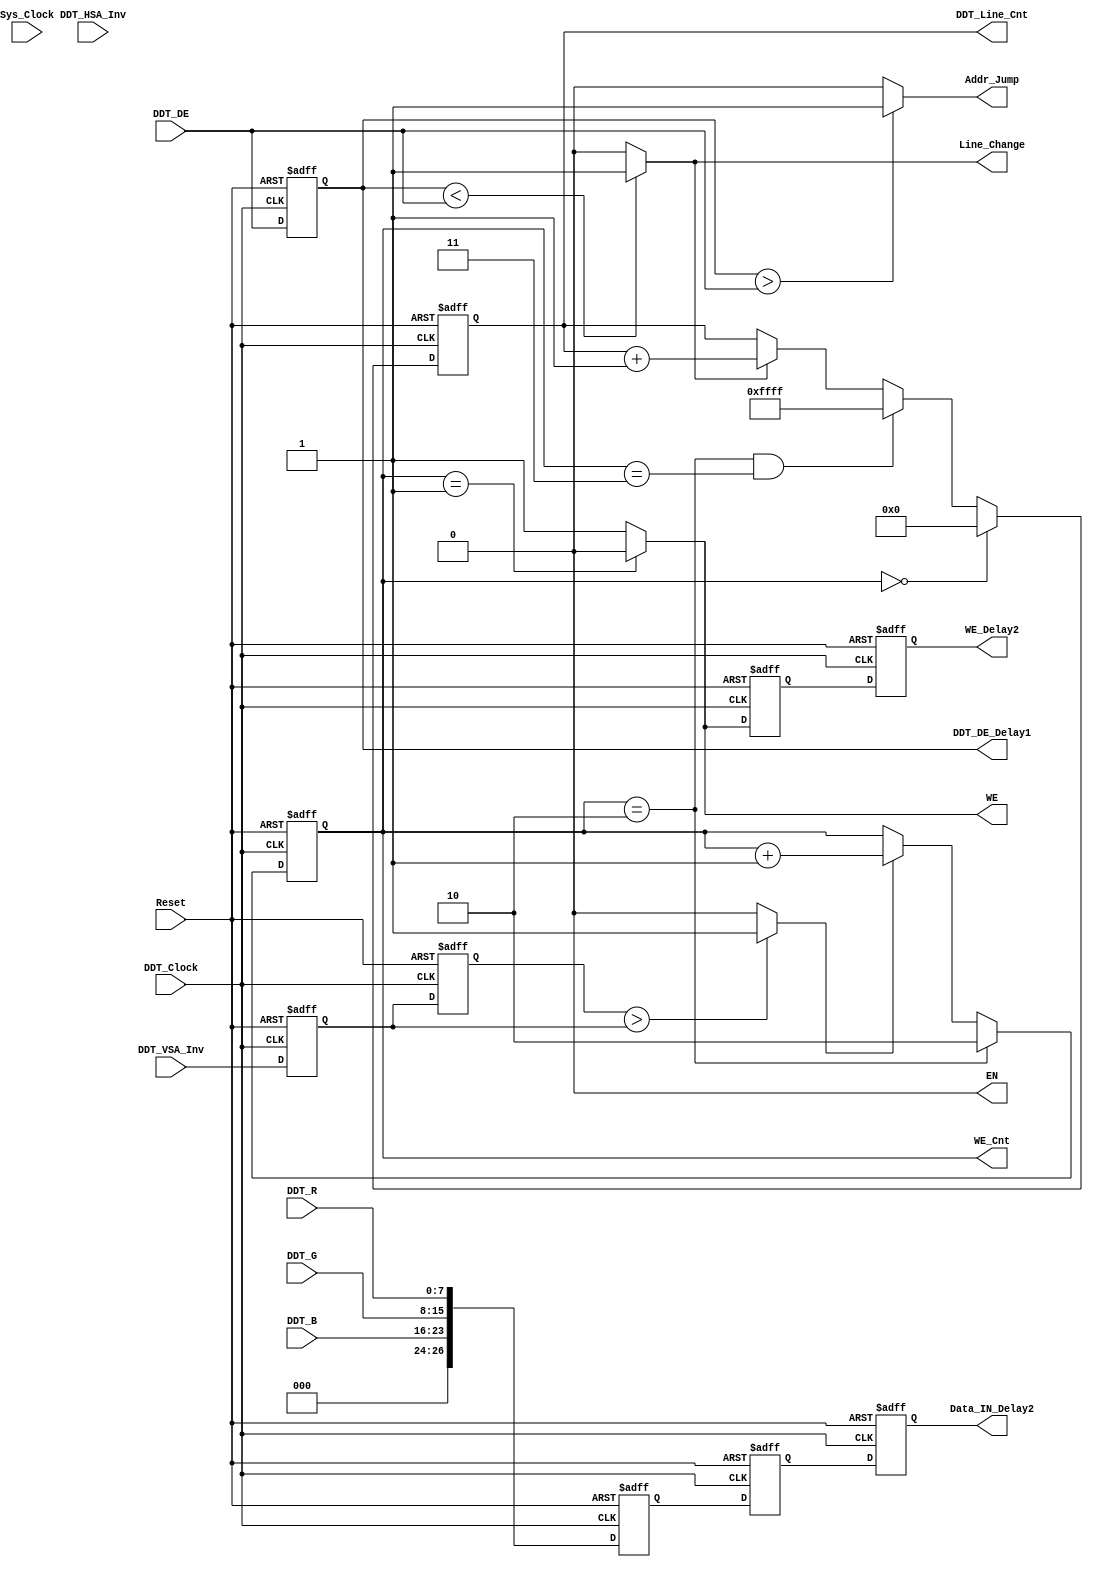
module Sram_Control(
input Sys_Clock,
input DDT_Clock,
input Reset,
//DDT Single
input DDT_VSA_Inv,
input DDT_HSA_Inv,
input DDT_DE,
input [7:0]DDT_R,
input [7:0]DDT_G,
input [7:0]DDT_B,
//SRAM
output wire EN,
output wire WE,
output [1:0]WE_Cnt,
output WE_Delay2,
output [26:0]Data_IN_Delay2,
output DDT_DE_Delay1,
output Line_Change,
output Addr_Jump,
output [15:0]DDT_Line_Cnt
    );

reg [26:0]Data_IN;
reg VSA_Delay0;
reg VSA_Delay1;
reg [1:0]WE_Cnt;
reg DDT_DE_Delay1;
reg [15:0]DDT_Line_Cnt;
wire Addr_Jump;
wire Line_Change;
wire VSA_Inv;
assign EN = 0;
//`include "Par.v"

//Frame_Clear
//VSA_Delay0;
assign Frame_Clear = VSA_Delay1 > VSA_Delay0 ? 1 : 0;
always @(negedge DDT_Clock or negedge Reset)
begin
	if(!Reset)
	begin
		VSA_Delay0 <= 0;
		VSA_Delay1 <= 0;
	end
	else
	begin
		VSA_Delay0 <= DDT_VSA_Inv;
		VSA_Delay1 <= VSA_Delay0;
	end
end

/////////////////////////////////////////////////////////

//Line_Change
always @(negedge DDT_Clock or negedge Reset)
begin
	if(!Reset)
		DDT_DE_Delay1 <= 0;
	else
		DDT_DE_Delay1 <= DDT_DE;
end
assign Line_Change = DDT_DE_Delay1 < DDT_DE ? 1 : 0;

//Addr_Jump
assign Addr_Jump = DDT_DE_Delay1 > DDT_DE ? 1 : 0;

//////////////////////////////////////////////////////////////

//[15:0]DDT_Line_Cnt;
wire [15:0]DDT_Line_Cnt_Next =		WE_Cnt[1:0] == 0									?	0									:
												WE_Cnt[1:0] == 2 && WE_Cnt[1:0] == 3		?	16'hffff							:
												Line_Change == 1 									?	DDT_Line_Cnt[15:0] + 1'b1	:	DDT_Line_Cnt[15:0];
always @(negedge DDT_Clock or negedge Reset)
begin
	if(!Reset)
		DDT_Line_Cnt[15:0] <= 0;
	else
		DDT_Line_Cnt[15:0] <= DDT_Line_Cnt_Next[15:0];
end
//////////////////////////////////////////////////////////////////

//[1:0]WE_Cnt_Next
wire [1:0]WE_Cnt_Next = WE_Cnt[1:0] == 2'b10			?	2'b10					:
								Frame_Clear == 1				?	WE_Cnt[1:0]	+1		:	WE_Cnt[1:0];
always @(negedge DDT_Clock or negedge Reset)
begin
	if(!Reset)
		WE_Cnt[1:0] <= 0;
	else
		WE_Cnt[1:0] <= WE_Cnt_Next[1:0];
end
//////////////////////////////////////////////////////////////////////

//assign Data_IN[26:0] = {DDT_B[7:0],DDT_G[7:0],DDT_R[7:0],DDT_DE};
wire [26:0]Data_IN_Next = {DDT_B[7:0],DDT_G[7:0],DDT_R[7:0]};
always @(negedge DDT_Clock or negedge Reset)
begin
	if(!Reset)
		Data_IN[26:0] <= 0;
	else
		Data_IN[26:0] <= Data_IN_Next[26:0];
end

//Data_IN_Delay
reg [26:0]Data_IN_Delay1;
reg [26:0]Data_IN_Delay2;

always @(negedge DDT_Clock or negedge Reset)
begin
	if(!Reset)
	begin
		Data_IN_Delay1[26:0] <= 0;
		Data_IN_Delay2[26:0] <= 0;

	end
	else
	begin
		Data_IN_Delay1[26:0] <= Data_IN[26:0];
		Data_IN_Delay2[26:0] <= Data_IN_Delay1[26:0];

	end
end

//WE
assign WE	=	WE_Cnt[1:0] == 2'b01 ?	0	:	1;
reg WE_Delay1;
reg WE_Delay2;
always @(negedge DDT_Clock or negedge Reset)
begin
	if(!Reset)
	begin
		WE_Delay1 <= 0;
		WE_Delay2 <= 0;
	end
	else
	begin
		WE_Delay1 <= WE;
		WE_Delay2 <= WE_Delay1;
	end
end


endmodule